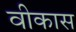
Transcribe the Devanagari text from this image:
वीकास